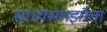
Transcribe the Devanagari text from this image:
साध्यसमझौता